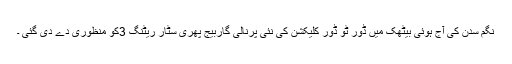
نگم سدن کی آج ہوئی بیٹھک میں ڈور ٹو ڈور کلیکشن کی نئی پرنالی گاربیج پھری سٹار ریٹنگ 3کو منظوری دے دی گئی ۔